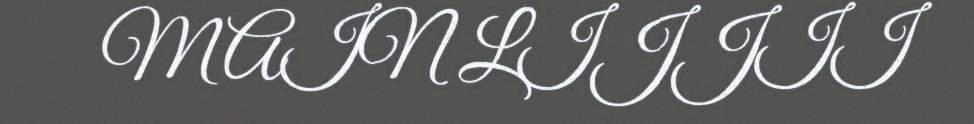
MAIN LIJJII